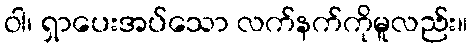
ဝါ၊ ရှာပေးအပ်သော လက်နက်ကိုမူလည်း။